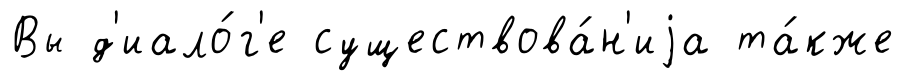
Вы д'иало́г'е существова́н'иjа та́кже